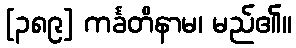
[၃၈၉] ကင်္ခတိနာမ၊ မည်၏။